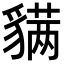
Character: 𬥊